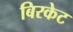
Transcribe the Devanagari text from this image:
बिरकेट